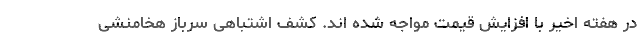
در هفته اخیر با افزایش قیمت مواجه شده اند. کشف اشتباهی سرباز هخامنشی